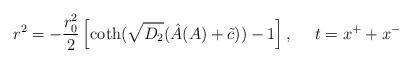
\begin{align*}r^2=-\frac{r_0^2}{2}\left[ \coth (\sqrt{D_2}(\hat{A}(A)+\tilde{c}))-1\right],~~~~t=x^++x^-\end{align*}